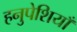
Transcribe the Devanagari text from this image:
हनुपेशियाँ